Materia medica of Madras volume I
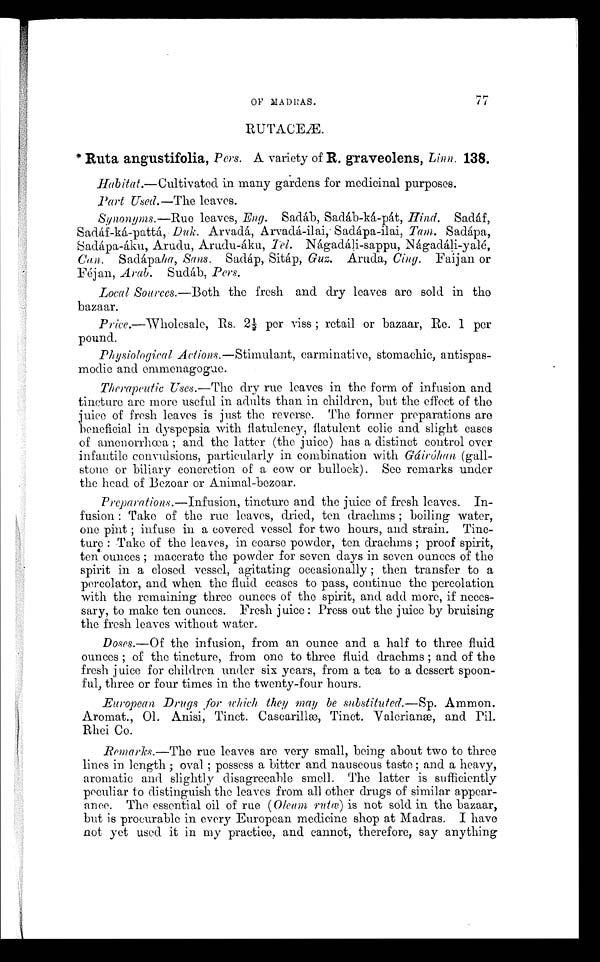
OF MADRAS.
II
RUTACEÆ.
* Ruta angustifolia, Pers. A variety of R. graveolens, Linn . 138.
Habitat .—Cultivated in many gardens for medicinal purposes.
Part Used.—The leaves.
Synonyms.—Rue
leaves, Eng. Sadáb, Sadáb-ká-pát, Hind. Sadáf,
Sadáf-ká-pattá, Duk. Arvadá, Arvadá-ilai, Sadápa-ilai, Tam. Sadápa,
Sadápa-áku, Arudu, Arudu-áku, Tel. Nágadáli-sappu, Nágadáli-yalé,
Can. Sadápaha, Sans. Sadáp, Sitáp, Guz. Aruda, Cing. Faijan or
Féjan, Arab. Sudáb, Pers.
Local Sources.—Both the fresh and dry leaves are sold in the
bazaar.
Price.—Wholesale, Rs. 2½ per viss; retail or bazaar, Re. 1 per
pound.
Physiological Actions. —Stimulant, carminative, stomachic, antispas-
modic and emmenagogue.
Therapeutic Uses. —The dry rue leaves in the form of infusion and
tincture are more useful in adults than in children, but the effect of the
juice of fresh leaves is just the reverse. The former preparations are
beneficial in dyspepsia with flatulency, flatulent colic and slight cases
of amenorrhœa; and the latter (the juice) has a distinct control over
infantile convulsions, particularly in combination with Gáiróhan (gall-
stone or biliary concretion of a cow or bullock). See remarks under
the head of Bezoar or Animal-bezoar.
Preparations.— Infusion , tincture and the juice of fresh leaves. In-
fusion: Take of the rue leaves, dried, ten drachms; boiling water,
one pint; infuse in a covered vessel for two hours, and strain. Tinc-
ture: Take of the leaves, in coarse powder, ten drachms; proof spirit,
ten ounces; macerate the powder for seven days in seven ounces of the
spirit in a closed vessel, agitating occasionally; then transfer to a
percolator, and when the fluid ceases to pass, continue the percolation
with the remaining three ounces of the spirit, and add more, if neces-
sary, to make ten ounces. Fresh juice: Press out the juice by bruising
the fresh leaves without water.
Doses.— Of the infusion, from an ounce and a half to three fluid
ounces; of the tincture, from one to three fluid drachms; and of the
fresh juice for children under six years, from a tea to a dessert spoon-
ful, three or four times in the twenty-four hours.
European Drugs for which they may be substituted.— Sp. Ammon.
Aromat., 0l. Anisi, Tinct. Cascarillæ, Tinct. Valerianæ, and Pil.
Rhei Co.
Remarks.—The rue leaves are very small, being about two to three
lines in length; oval; possess a bitter and nauseous taste; and a heavy,
aromatic and slightly disagreeable smell. The latter is sufficiently
peculiar to distinguish the leaves from all other drugs of similar appear-
ance. The essential oil of rue (Oleam, rutœ) is not sold in the bazaar,
but is procurable in every European medicine shop at Madras. I have
not yet used it in my practice, and cannot, therefore, say anything